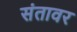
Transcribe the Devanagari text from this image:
संतावर